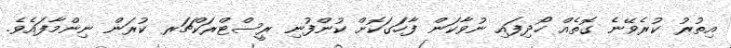
އިތުރު ކުރެވޭނެ ގޮތެއް ހޯދިފައި ނުވާކަން ފާހަގަކޮށް ކުންފުނި ރީސްޓްރަކްޗަރ ކުރަން ނިންމާފައެވެ.